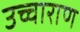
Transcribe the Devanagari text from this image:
उच्चाराण